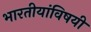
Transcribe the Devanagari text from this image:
भारतीयांविषयी